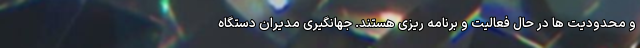
و محدودیت ها در حال فعالیت و برنامه ریزی هستند. جهانگیری مدیران دستگاه